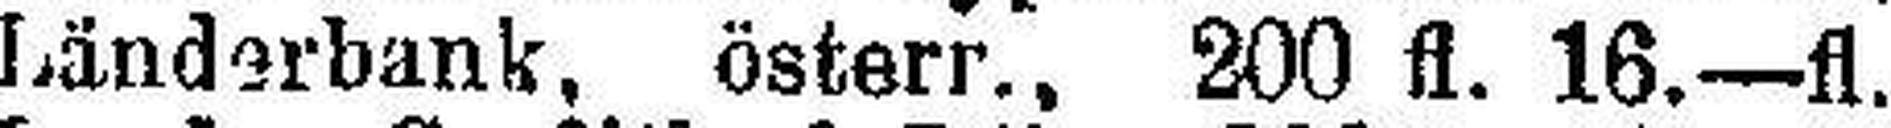
Länderbank, österr., 200 fl. 16.—fl.